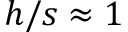
h / s \approx 1